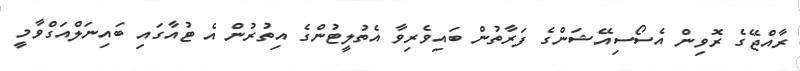
ރާއްޖޭގެ ރޮވިން އެސޯސިއޭޝަންގެ ފަރާތުން ބައިވެރިވާ އެތުލީޓުންގެ އިތުރުން އެ ޓުއާގައި ބައިނަލްއަގްވާމީ